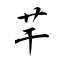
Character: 芉